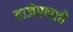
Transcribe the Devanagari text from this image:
ताजेपणाचे